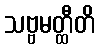
သဗ္ဗမတ္ထီတိ